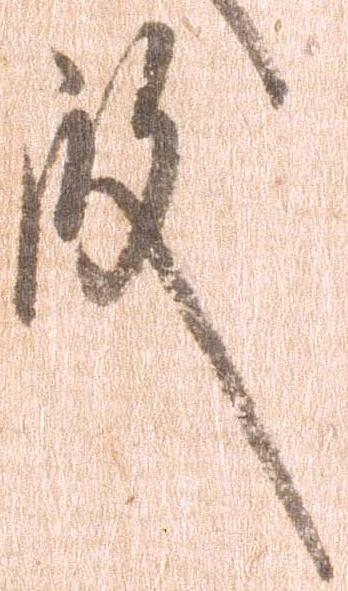
殿